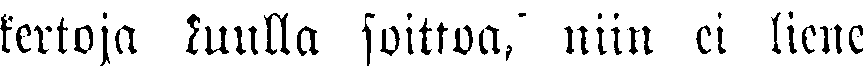
kertoja kuulla soittoa, niin ei liene